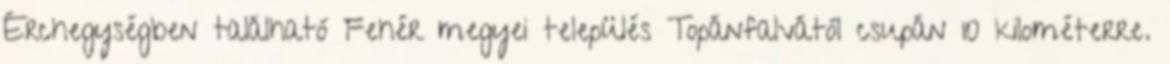
Érchegységben található Fehér megyei település Topánfalvától csupán 10 kilométerre.